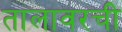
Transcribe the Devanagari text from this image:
तालावरची